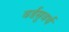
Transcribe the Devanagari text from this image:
वर्डसुवर्थ